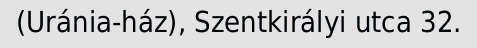
(Uránia-ház), Szentkirályi utca 32.